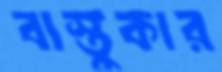
বাস্তুকার